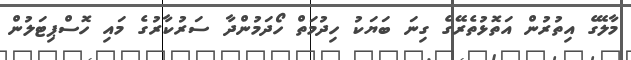
މާލޭގެ އިތުރުން އަތޮޅުތެރޭގެ ގިނަ ބަޔަކު ހިދުމަތް ހޯދަމުންދާ ސަރުކާރުގެ މައި ހޮސްޕިޓަލުން